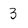
Character: 3